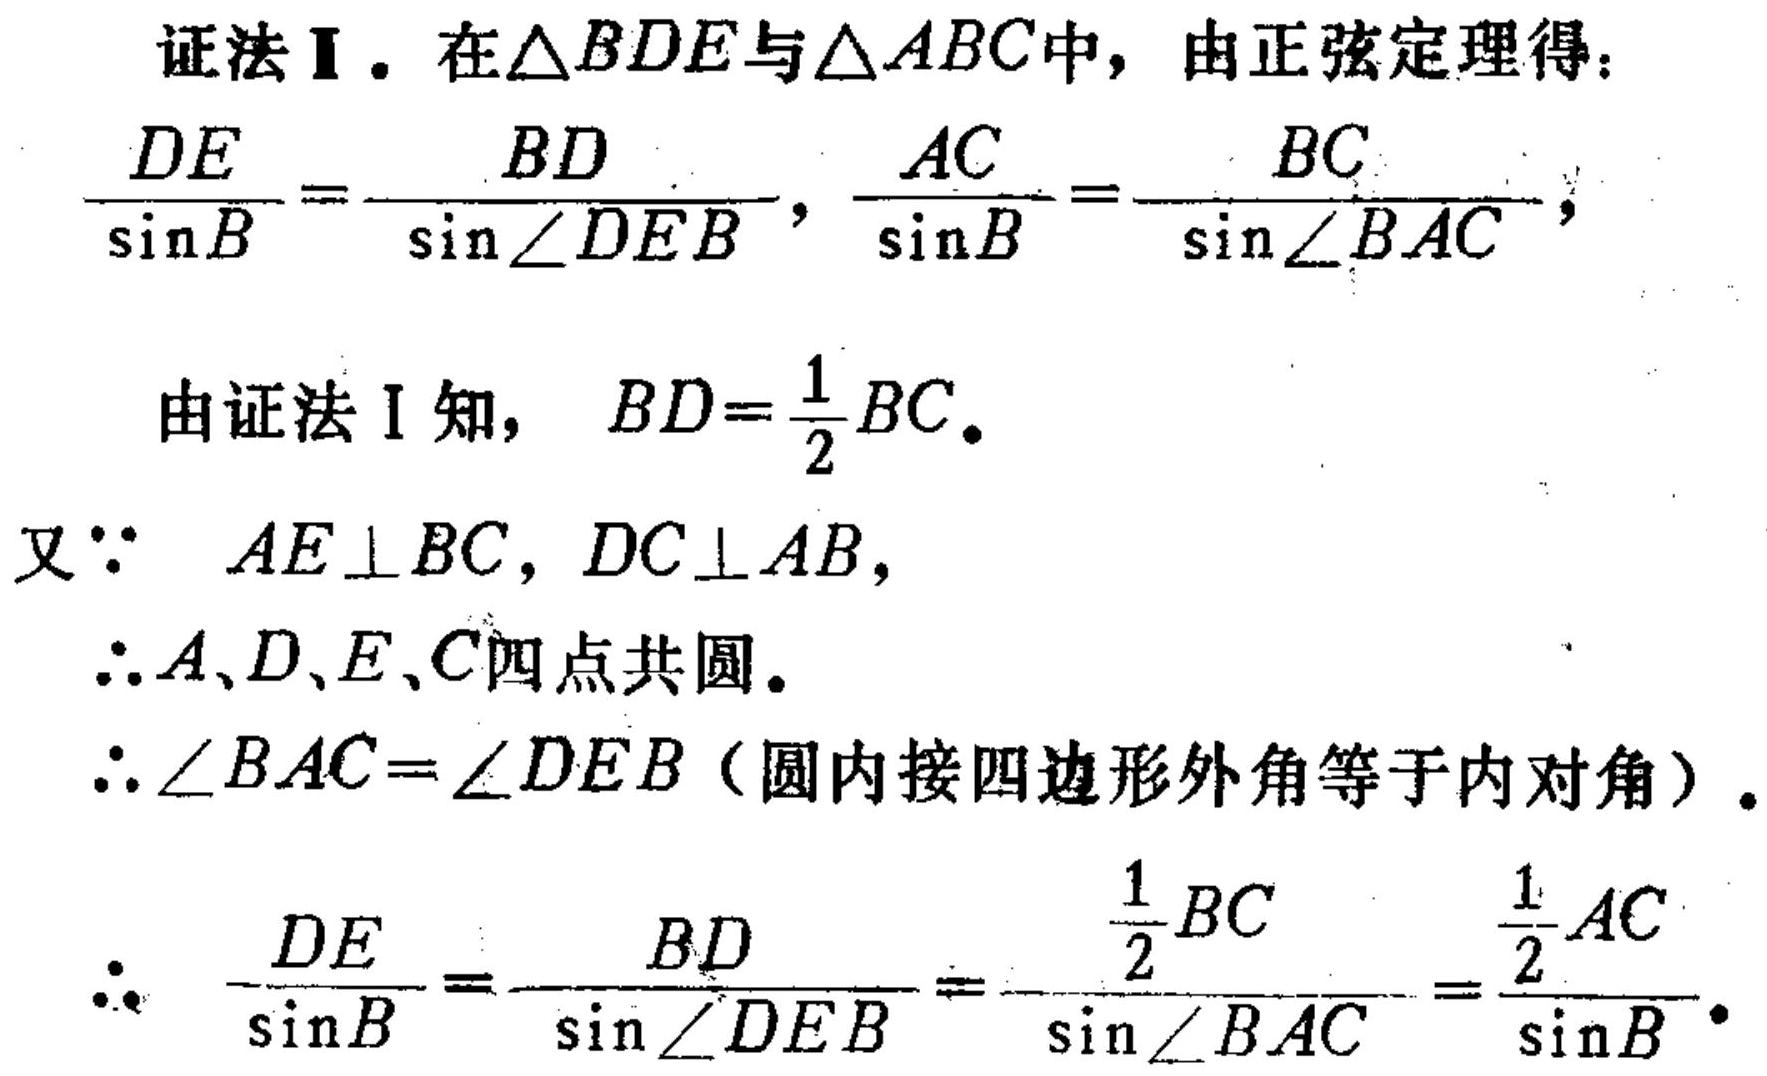
证法Ⅱ. 在\(\triangle BDE\)与\(\triangle ABC\)中，由正弦定理得：
\(\frac{DE}{\sin B}=\frac{BD}{\sin\angle DEB}\)，\(\frac{AC}{\sin B}=\frac{BC}{\sin\angle BAC}\)，

由证法Ⅰ知，\(BD = \frac{1}{2}BC\)。

又\(\because AE\perp BC\)，\(DC\perp AB\)，
\(\therefore A、D、E、C\)四点共圆。

\(\therefore\angle BAC=\angle DEB\)（圆内接四边形外角等于内对角）。

\(\therefore\) \(\frac{DE}{\sin B}=\frac{BD}{\sin\angle DEB}=\frac{\frac{1}{2}BC}{\sin\angle BAC}=\frac{\frac{1}{2}AC}{\sin B}\)。